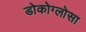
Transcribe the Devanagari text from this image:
डोकोग्लोसा